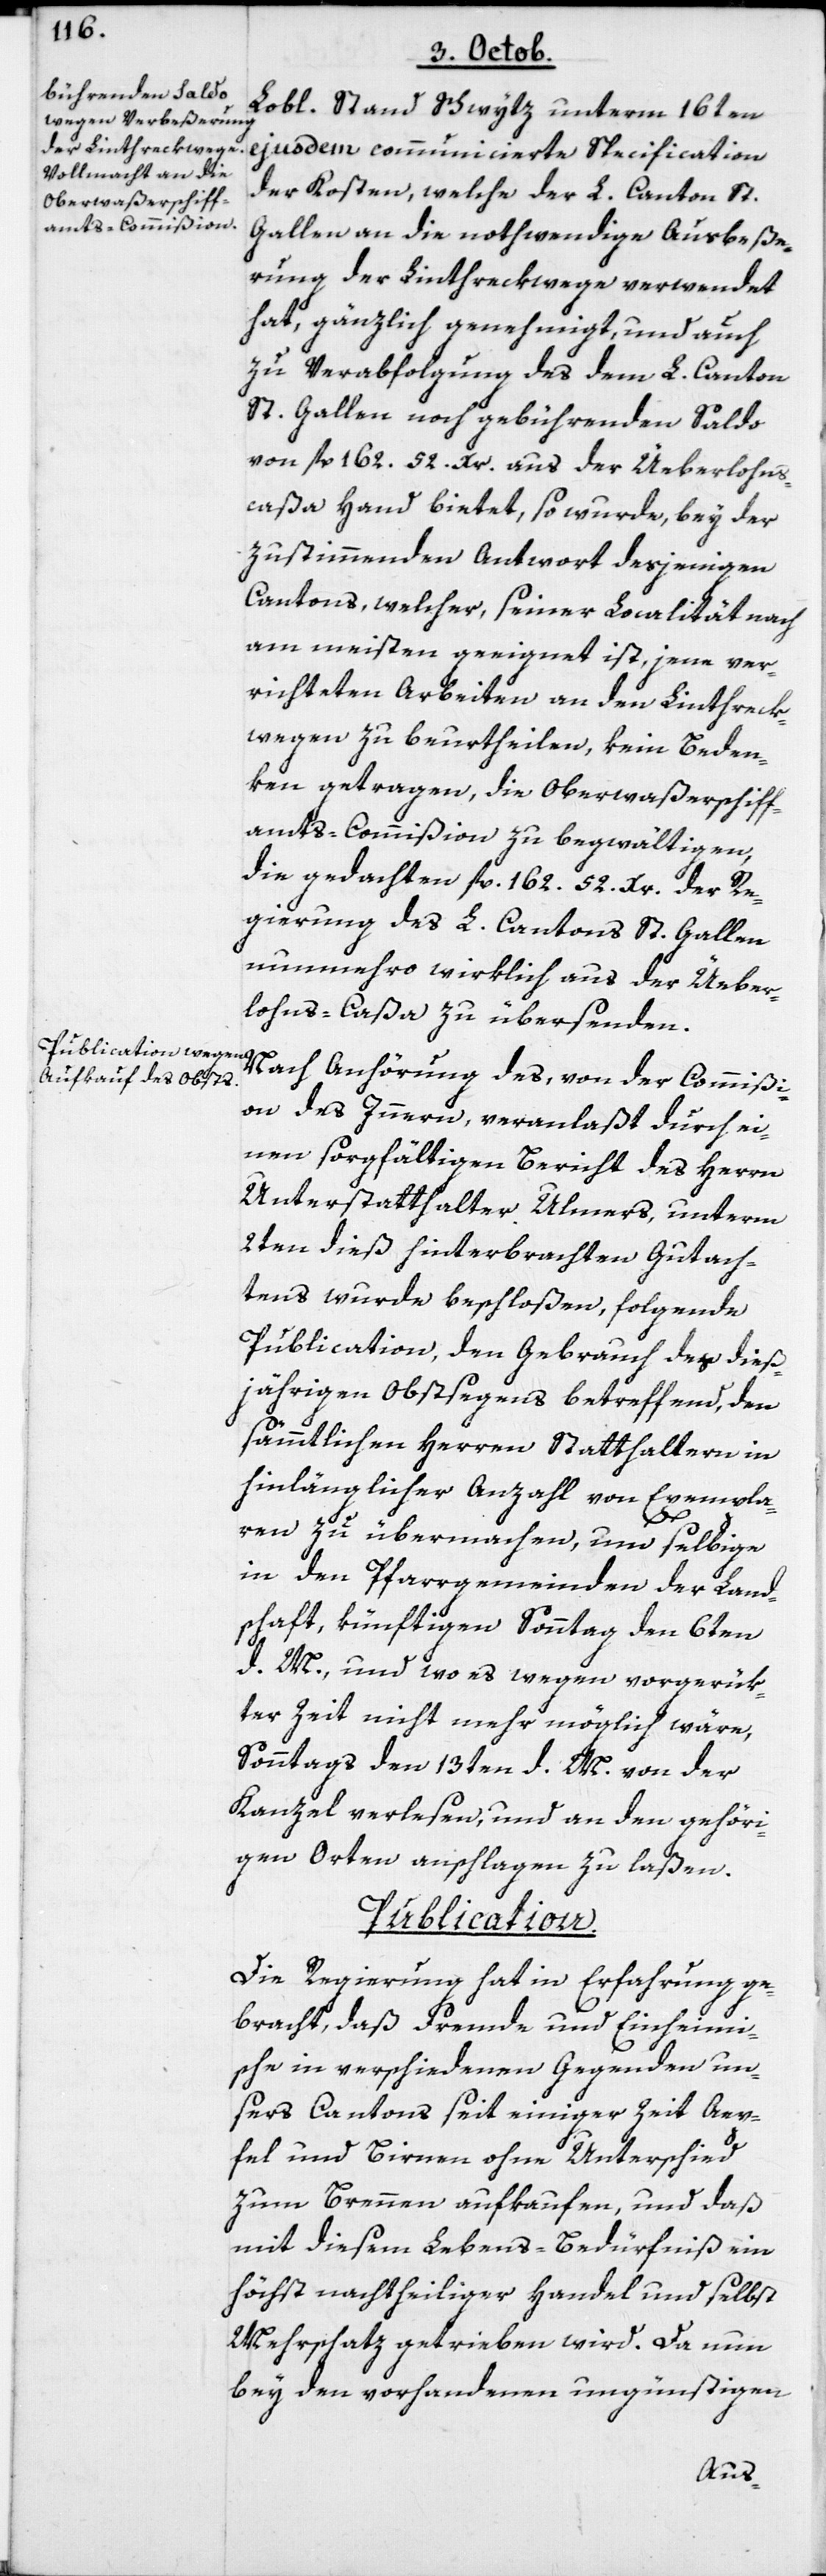
Lobl. Stand Schwytz unterm 16ten
ejusdem communicierte Specification
der Kosten, welche der L. Canton St.
Gallen an die nothwendige Ausbeße¬
rung der Linthreckwege verwendet
hat, gänzlich genehmigt, und auch
zu Verabfolgung des dem L. Canton
St. Gallen noch gebührenden Saldo
von fl. 162. 52. Xr. aus der Überlohns¬
caßa Hand bietet, so wurde bey der
zustimmenden Antwort desjenigen
Cantons, welcher, seiner Localität nach
am meisten geeignet ist, jene ver¬
richteten Arbeiten an den Linthreck¬
wegen zu beurtheilen, kein Beden¬
ken getragen, die Oberwaßerschiff¬
amts-Commißion zu begwältigen,
die gedachten fl. 162. 52 Xr. der Re¬
gierung des L. Cantons St. Gallen
nunmehro wirklich aus der Über¬
lohns-Caßa zu übersenden.
Nach Anhörung des, von der Commißi¬
on des Innern, veranlaßt durch ei¬
nen sorgfältigen Bericht des Herrn
Unterstatthalter Ulmers, unterm
2ten dieß hinterbrachten Gutach¬
tens wurde beschloßen, folgende
Publication, den Gebrauch des dies¬
jährigen Obstsegens betreffend, den
sämmtlichen Herren Statthaltern in
hinlänglicher Anzahl von Exempla¬
ren zu übermachen, um selbige
in den Pfarrgemeinden der Land¬
schaft, künftigen Sonntag den 6ten
d. M. und wo es wegen vorgerük¬
ter Zeit nicht mehr möglich wäre,
Sonntags den 13ten d. M. von der
Kanzel verlesen, und an den gehöri¬
gen Orten anschlagen zu laßen.
Publication.
Die Regierung hat in Erfahrung ge¬
bracht, daß Fremde und Einheim¬
ische in verschiedenen Gegenden un¬
sers Cantons seit einiger Zeit Aep¬
fel und Birnen ohne Unterschied
zum Brennen aufkaufen, und daß
mit diesem Lebens-Bedürfniß ein
höchst nachtheiliger Handel und selbst
Mehrschatz getrieben wird. Da nun
bey den vorhandenen ungünstigen